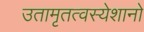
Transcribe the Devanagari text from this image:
उतामृतत्वस्येशानो